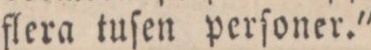
flera tuſen perſoner."